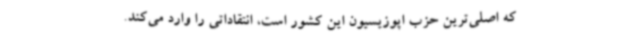
که اصلی‌ترین حزب اپوزیسیون این کشور است، انتقاداتی را وارد می‌کند.